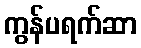
ကွန်ပရက်ဆာ